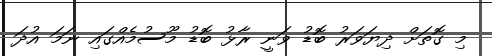
މި ގޮތަށް ދިޔަވަރު ބޮޑު ވަނީ ރާޅު ބޮޑު މޫސުމެއްގައި ނަމަ އުދަ